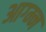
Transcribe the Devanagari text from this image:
आग्म्न